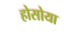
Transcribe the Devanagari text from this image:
होसोया